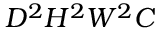
D ^ { 2 } H ^ { 2 } W ^ { 2 } C